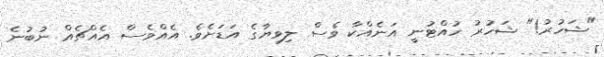
"ޝަހުރު!" ޝަހުރު ހުއްޓުނީ އަނެއްކާ ވެސް ލިވިޔާގެ އަޑަށެވެ. އެއްވެސް އެއްޗެއް ނުބުނެ